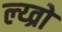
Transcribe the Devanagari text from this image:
ल्य्व्रो